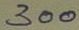
300